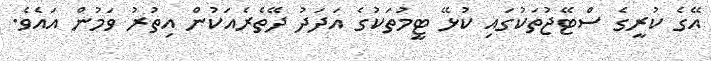
އޭގެ ކުރީގެ ސްޓޭޖުތަކުގައި ކުޅޭ ޓީމުތަކުގެ އަދަދު ދޭތެރެއަކުން އިތުރު ވަމުން އައެވެ.